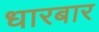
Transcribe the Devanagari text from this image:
धारबार